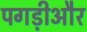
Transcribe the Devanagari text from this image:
पगड़ीऔर